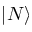
| N \rangle